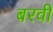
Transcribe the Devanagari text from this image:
बरवी